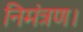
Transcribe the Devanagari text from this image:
निमंत्रण।